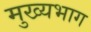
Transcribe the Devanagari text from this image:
मुख्यभाग